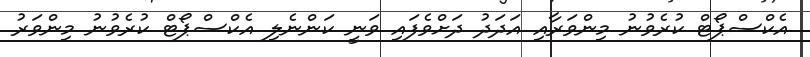
އެކްސްޕޯޓް ކުރެވުނު މިންވަރާއި އަދަދު ދަށްވެފައި ވަނީ ކަންނެލި އެކްސްޕޯޓް ކުރެވުނު މިންވަރު